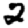
Digit: 2